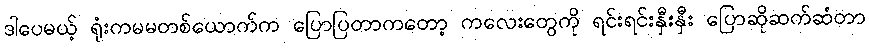
ဒါပေမယ့် ရုံးကမမတစ်ယောက်က ပြောပြတာကတော့ ကလေးတွေကို ရင်းရင်းနှီးနှီး ပြောဆိုဆက်ဆံတာ